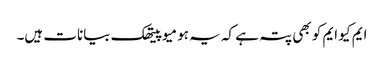
ایم کیو ایم کو بھی پتہ ہے کہ یہ ہومیو پیتھک بیانات ہیں۔